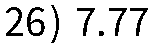
26) 7.77